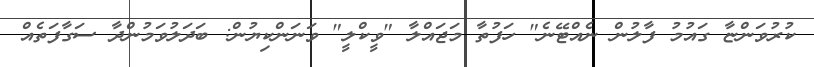
ކުރުވަންޏާ ގައުމު ފާލުން ނެއްޓޭނެ" ހަފުތާ މަޖައްލާ "ވީކްލީ" ވަނަންކިޔުން: ބަދަލުވަމުންދާ ސަގާފަތެއް